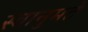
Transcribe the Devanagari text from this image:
स्वानुमते